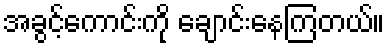
အခွင့်ကောင်းကို ချောင်းနေကြတယ်။